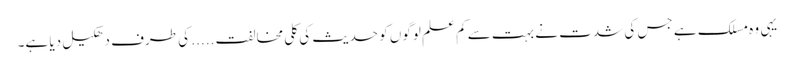
یہی وہ مسلک ہے جس کی شدت نے بہت سے کم علم لوگوں کو حدیث کی کلی مخالفت ..... کی طرف دھکیل دیا ہے۔